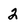
Character: 2